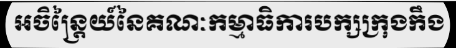
អចិន្ត្រៃយ៍នៃគណៈកម្មាធិការបក្សក្រុងកឹង